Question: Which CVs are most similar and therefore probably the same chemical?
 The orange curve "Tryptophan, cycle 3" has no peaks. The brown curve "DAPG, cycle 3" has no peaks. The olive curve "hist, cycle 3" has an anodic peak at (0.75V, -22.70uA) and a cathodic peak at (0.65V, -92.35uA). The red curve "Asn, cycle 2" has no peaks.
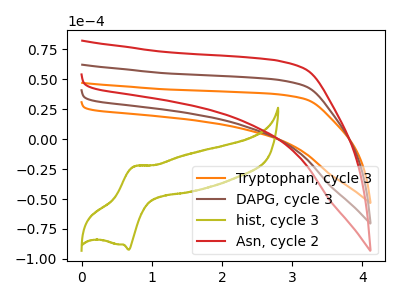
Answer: <think>Neither "Tryptophan, cycle 3" or "DAPG, cycle 3" have any peaks. "Tryptophan, cycle 3" and "hist, cycle 3" have a different number of peaks. Neither "Tryptophan, cycle 3" or "Asn, cycle 2" have any peaks. "DAPG, cycle 3" and "hist, cycle 3" have a different number of peaks. Neither "DAPG, cycle 3" or "Asn, cycle 2" have any peaks. "hist, cycle 3" and "Asn, cycle 2" have a different number of peaks.
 </think>
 <answer>"Asn, cycle 2", "Tryptophan, cycle 3" and "DAPG, cycle 3" have the same shape and are likely CV's of the same chemical.</answer>
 <eval>"Asn, cycle 2" "Tryptophan, cycle 3" "DAPG, cycle 3"</eval>